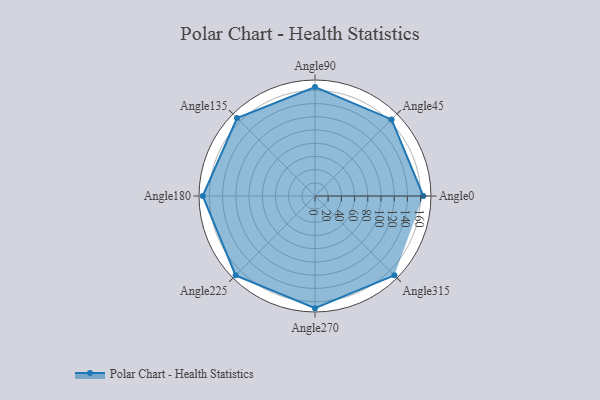
{"axis": {"x": "Angle", "y": "Radius"}, "legend": [""], "data": [{"x": "Angle0", "y": 164.0, "type": ""}, {"x": "Angle45", "y": 164.0, "type": ""}, {"x": "Angle90", "y": 165.0, "type": ""}, {"x": "Angle135", "y": 167.0, "type": ""}, {"x": "Angle180", "y": 170, "type": ""}, {"x": "Angle225", "y": 170, "type": ""}, {"x": "Angle270", "y": 170, "type": ""}, {"x": "Angle315", "y": 170, "type": ""}]}